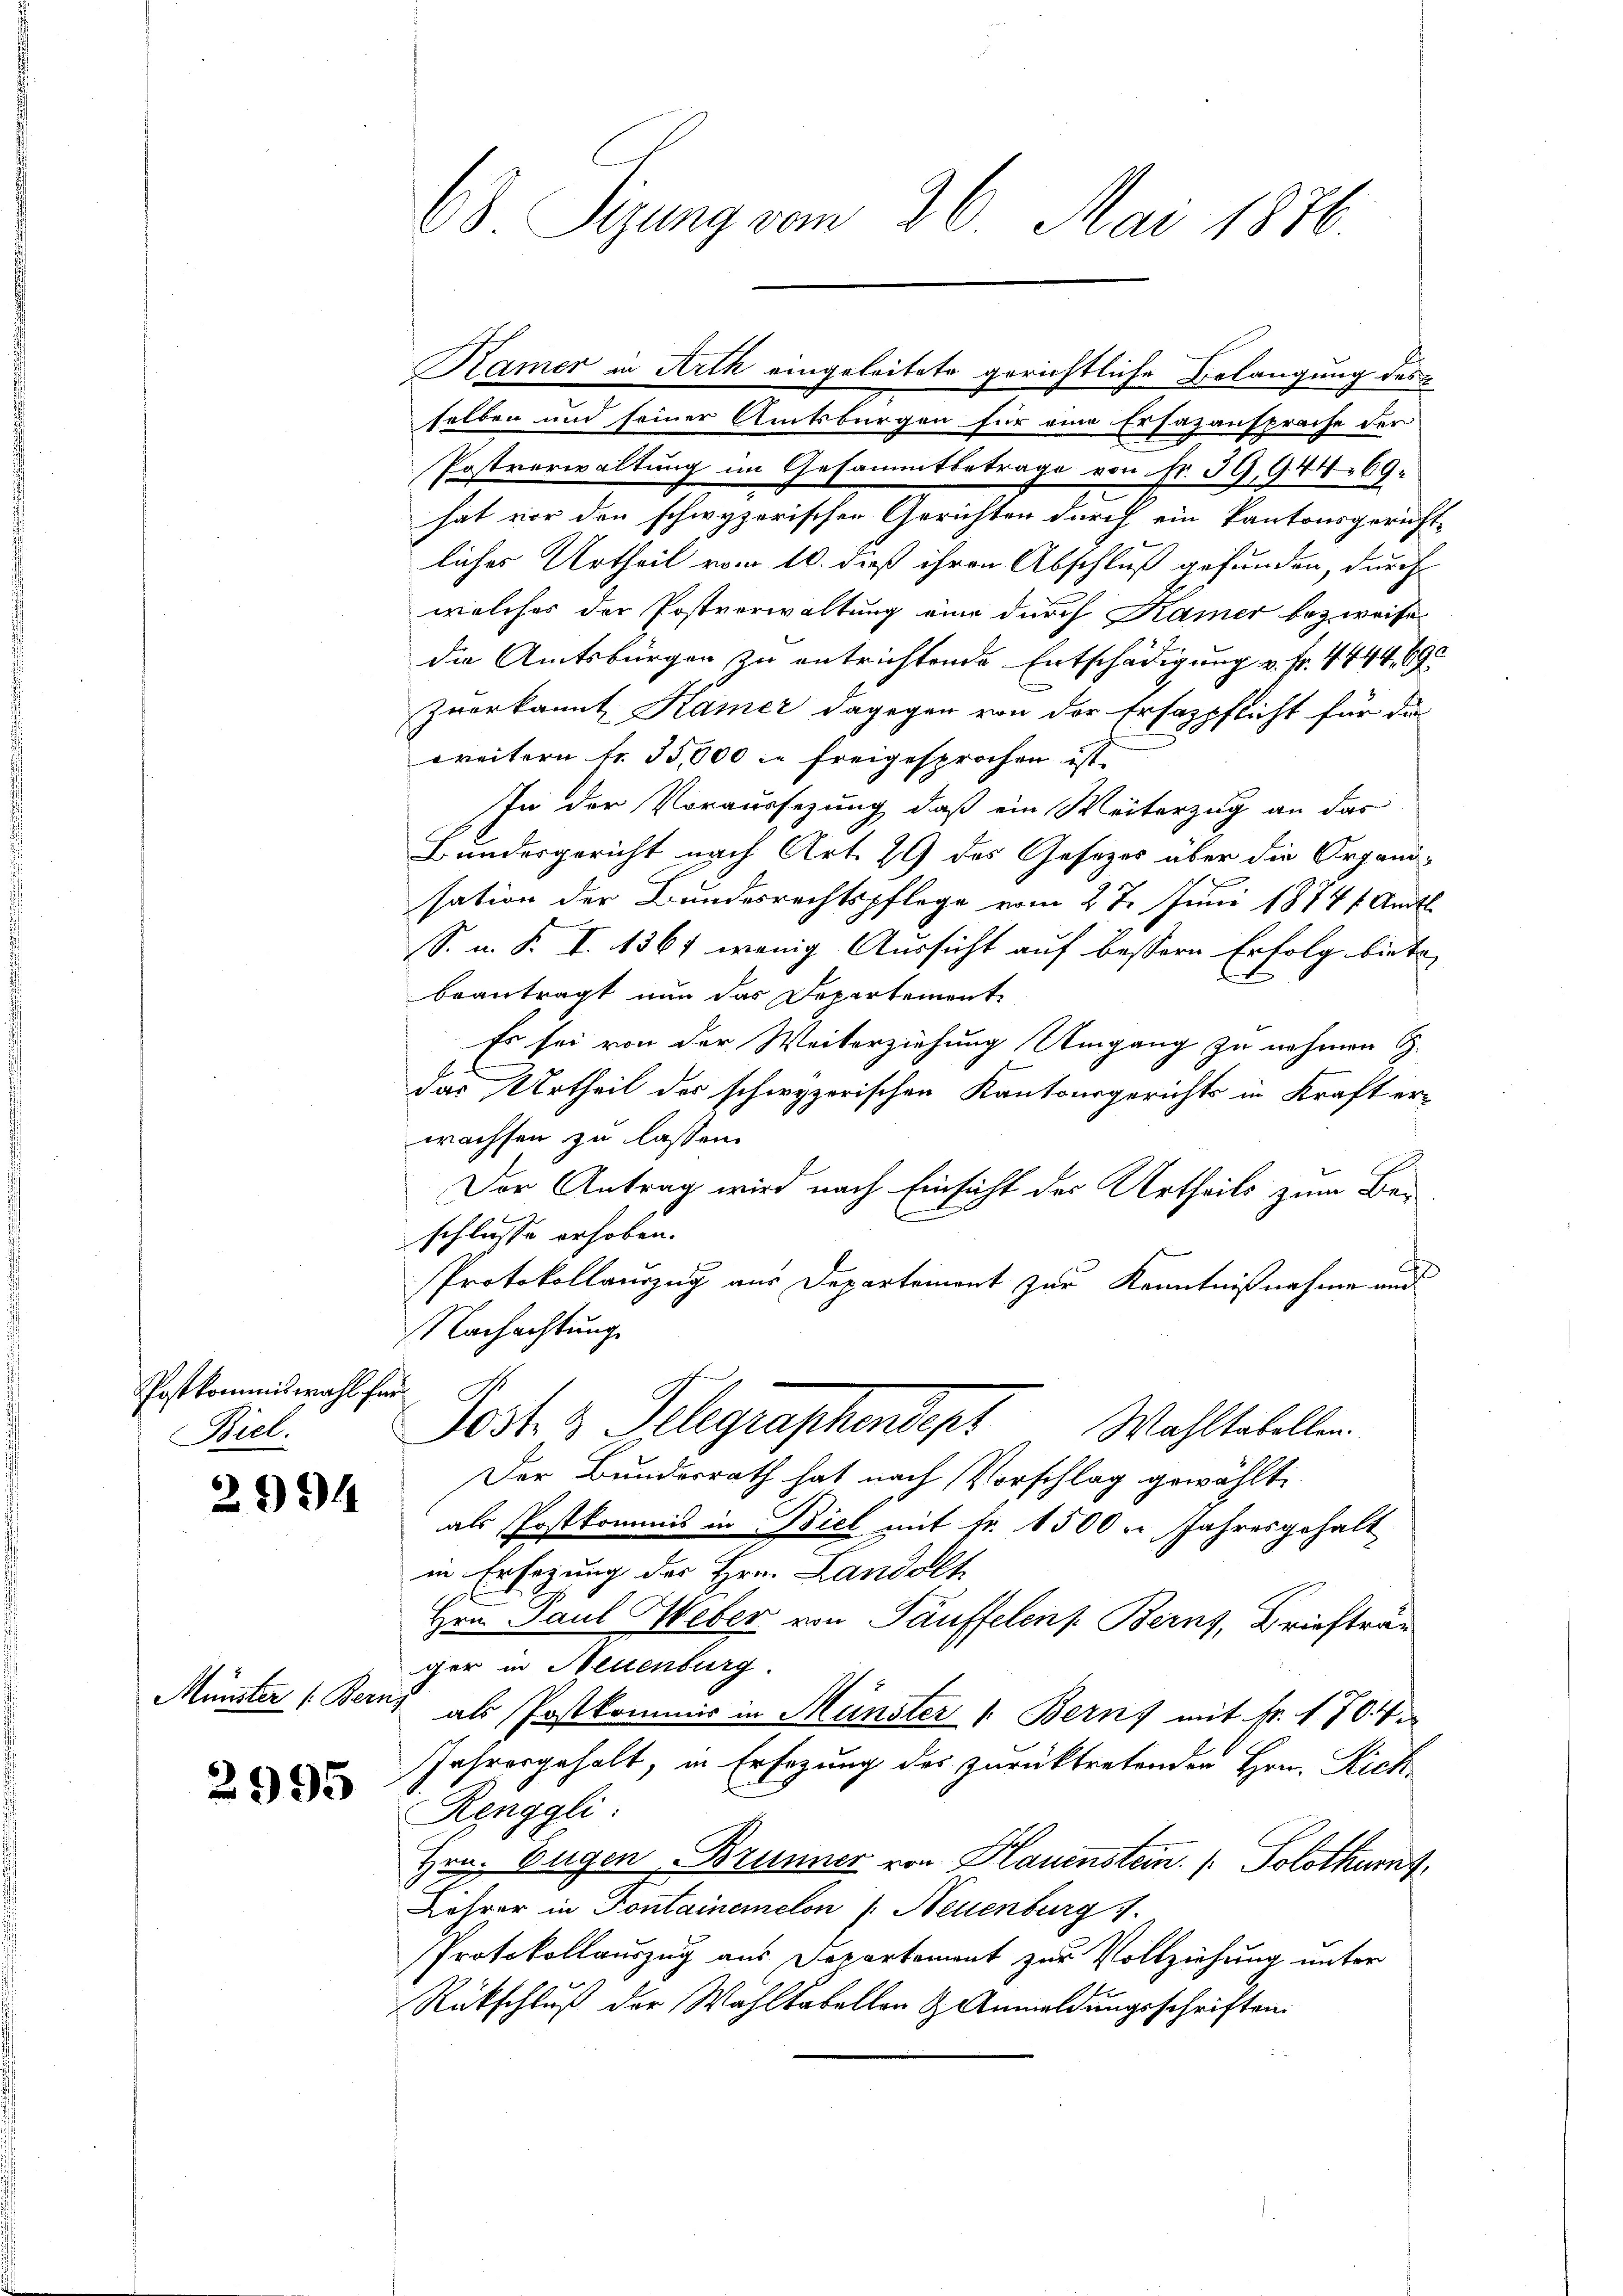
Postkommiswahl für
Wiel.

2994

Münster (Bern,

2995

63 Sizung vom 26. Mai 1876

selben und seiner Amtsbürgen für eine Ersazansprache der
Postverwaltung im Gesammtbetrage von Fr. 59, 94469.
hat vor den schwyzerischen Gerichten durch ein kantonsgericht-
liches Urtheil vom 10. dieß ihren Abschluß gefunden, durch
welches der Postverwaltung eine durch Kamer bezweife
die Amtsbürgen zu entrichtende Entschädigung v. Fr. 4444, 690
zverkannt Kamer dagegen von der Ersatzpflicht für die
weitern fr. 35,000 in freigesprochen ist.
In der Voraussezung, daß ein Weiterzug an das
Bundesgericht nach Art. 29 des Gesetzes über die Organisation der Bundesrechtspflege vom 27. Juni 1874 f. Amts
S. u. S. I. 1861 wenig Aussicht auf bessern Erfolg biete,
beantragt nun das Departement
Es sei von der Weiterziehung Umgang zu nehmen S.
das Urtheil des schwyzerischen Kantonsgerichts in Kraft er-
wachsen zu lassen.
Der Antrag wird nach Einsicht des Urtheils zum Beischlusse erhoben.
Protokollauszug aus Departement zur Kenntnißnahme und
Nachachtung
Jost 3 Telegraphendert Wahltabellen
Der Bundesrath hat nach Vorschlag gewählte
als Postkommis in Biel mit Fr. 1500 u. Jahresgehalt
in Ersetzung des Hrn. Landelt
Hrn. Paul Weber von Täuffelens Berns, Briefträu
ger in Mellenburg
als Postkommis in Münster 1. Bern mit Fr. 1704
Jahresgehalt, in Ersezung des zurücktretenden Hrn. Rich-
Renggli:
Hrn. Eugen, Brunner von Hauenstein. (Solothurnf
Lehrer in Pontainemclon /: Neuenburg
Protokollauszug aus Departement zur Vollziehung unter
Rückschluß der Wahlkabellen & Anmeldungsschriften.

Kamer in Arth eingeleitete gerichtliche Belangung des